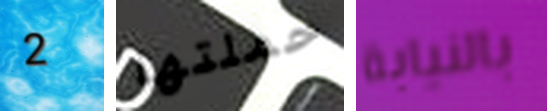
2 حملتها بالنيابة